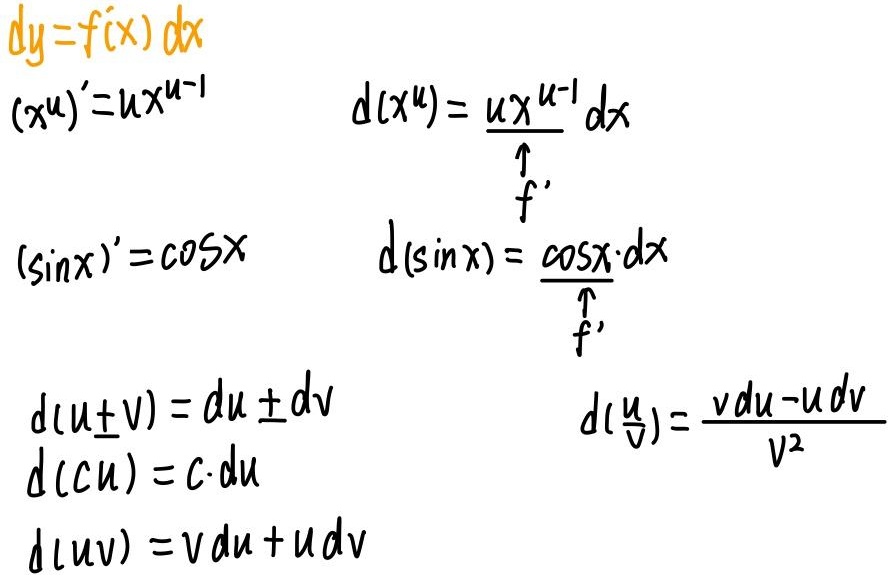
\[
\begin{align*}
dy&=f(x)dx\\
(x^u)'&=ux^{u - 1}&d(x^u)&=ux^{u - 1}dx\\
(\sin x)'&=\cos x&d(\sin x)&=\cos x\cdot dx\\
d(u\pm v)&=du\pm dv\\
d(cu)&=c\cdot du\\
d(uv)&=vdu + udv\\
d(\frac{u}{v})&=\frac{vdu - udv}{v^2}
\end{align*}
\]